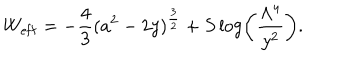
W _ { \mathrm { e f f } } = - \frac { 4 } { 3 } ( a ^ { 2 } - 2 y ) ^ { \frac { 3 } { 2 } } + S \log \left( \frac { \Lambda ^ { 4 } } { y ^ { 2 } } \right) .